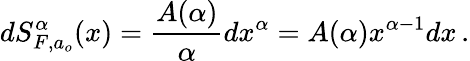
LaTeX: dS_{F,a_{o}}^{\alpha}(x)=\frac{A(\alpha)}{\alpha}dx^{\alpha}=A(\alpha)x^{\alpha-1}dx\, .